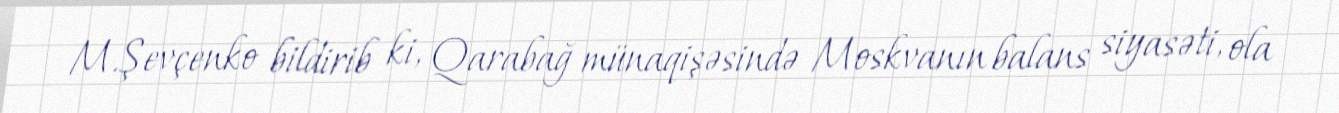
M.Şevçenko bildirib ki, Qarabağ münaqişəsində Moskvanın balans siyasəti, ola